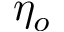
\eta _ { o }